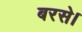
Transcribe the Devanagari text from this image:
बरसे।